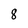
Character: 8